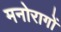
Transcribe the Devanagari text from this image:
मनोरागों